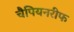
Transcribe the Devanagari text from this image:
चैपियनरीफ